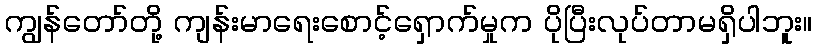
ကျွန်တော်တို့ ကျန်းမာရေးစောင့်ရှောက်မှုက ပိုပြီးလုပ်တာမရှိပါဘူး။